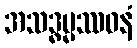
အသဒ္ဓမ္မဿဝနံ